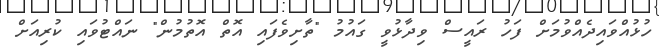
ހުޅުއްވައިދެއްވުމަށް ފަހު ރައީސް ވިދާޅުވީ ގައުމު "ތާށިވެފައި އޮތް އޮތުމުން" ނައްޓުވައި ކުރިއަށް